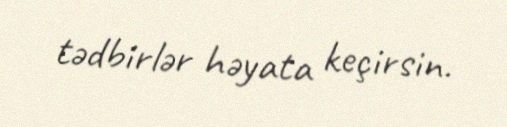
tədbirlər həyata keçirsin.